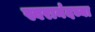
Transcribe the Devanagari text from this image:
स्वरानंदच्या